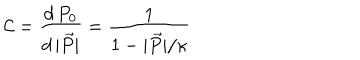
LaTeX: { \cal C } = \frac { d \, P _ { 0 } } { d \, | \vec { P } | } = \frac { 1 } { 1 - | \vec { P } | / \kappa }